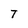
Character: T